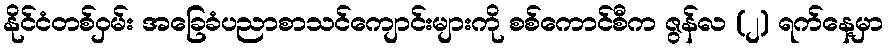
နိုင်ငံတစ်ဝှမ်း အခြေခံပညာစာသင်ကျောင်းများကို စစ်ကောင်စီက ဇွန်လ (၂) ရက်နေ့မှာ